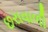
છરાવાળી